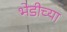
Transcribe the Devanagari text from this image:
भेडीच्या